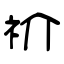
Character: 祄